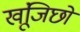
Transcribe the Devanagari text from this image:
खूंजिछो